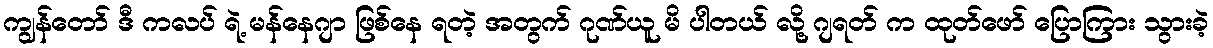
ကျွန်တော် ဒီ ကလပ် ရဲ့ မန်နေဂျာ ဖြစ်နေ ရတဲ့ အတွက် ဂုဏ်ယူ မိ ပါတယ် လို့ ဂျရတ် က ထုတ်ဖော် ပြောကြား သွားခဲ့